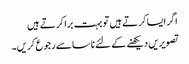
اگر ایسا کرتے ہیں تو بہت برا کرتے ہیں
تصویریں دیکھنے کے لئے ناسا سے رجوع کریں۔